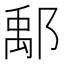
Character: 鄅